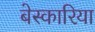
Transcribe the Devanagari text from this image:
बेस्कारिया